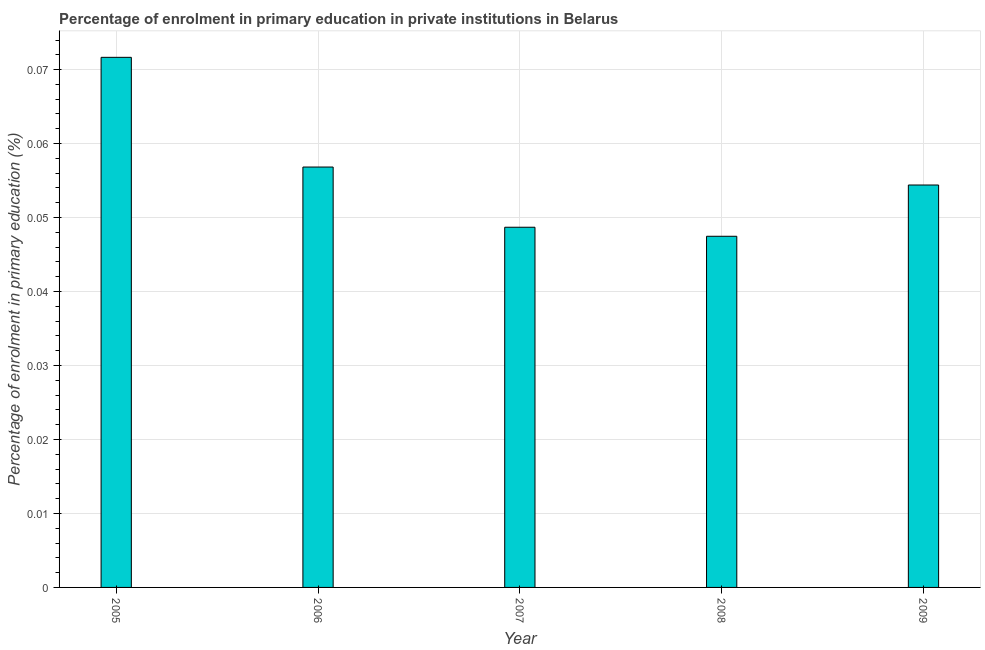
| Year | Enrolment  |
 | --- | --- |
 | 2005 | 0.0717 |
 | 2006 | 0.0568 |
 | 2007 | 0.0487 |
 | 2008 | 0.0475 |
 | 2009 | 0.0544 |